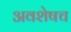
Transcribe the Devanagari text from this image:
अवशेषच